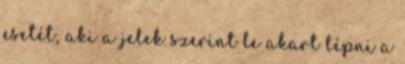
esetét, aki a jelek szerint le akart lépni a